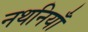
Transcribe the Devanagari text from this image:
नथनियाँ